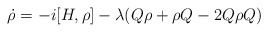
\begin{align*}\dot{\rho} = -i[H,\rho] - \lambda(Q \rho + \rho Q - 2Q \rho Q)\end{align*}